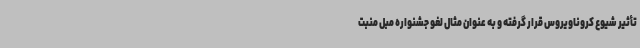
تأثیر شیوع کروناویروس قرار گرفته و به عنوان مثال لغو جشنواره مبل منبت